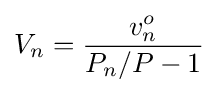
V_{n}={\frac {v_{n}^{o}}{P_{n}/P-1}}